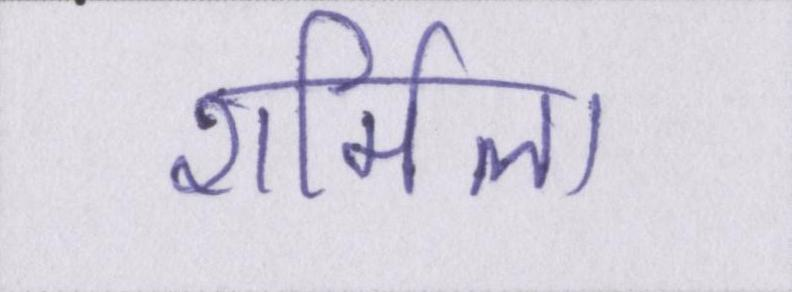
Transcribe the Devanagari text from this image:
शर्मिला